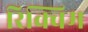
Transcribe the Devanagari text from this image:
रिक्विम